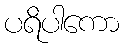
ပရိပါကော